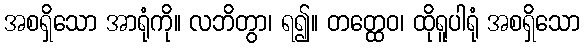
အစရှိသော အာရုံကို။ လဘိတွာ၊ ရ၍။ တတ္ထေဝ၊ ထိုရူပါရုံ အစရှိသော